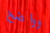
وواضح